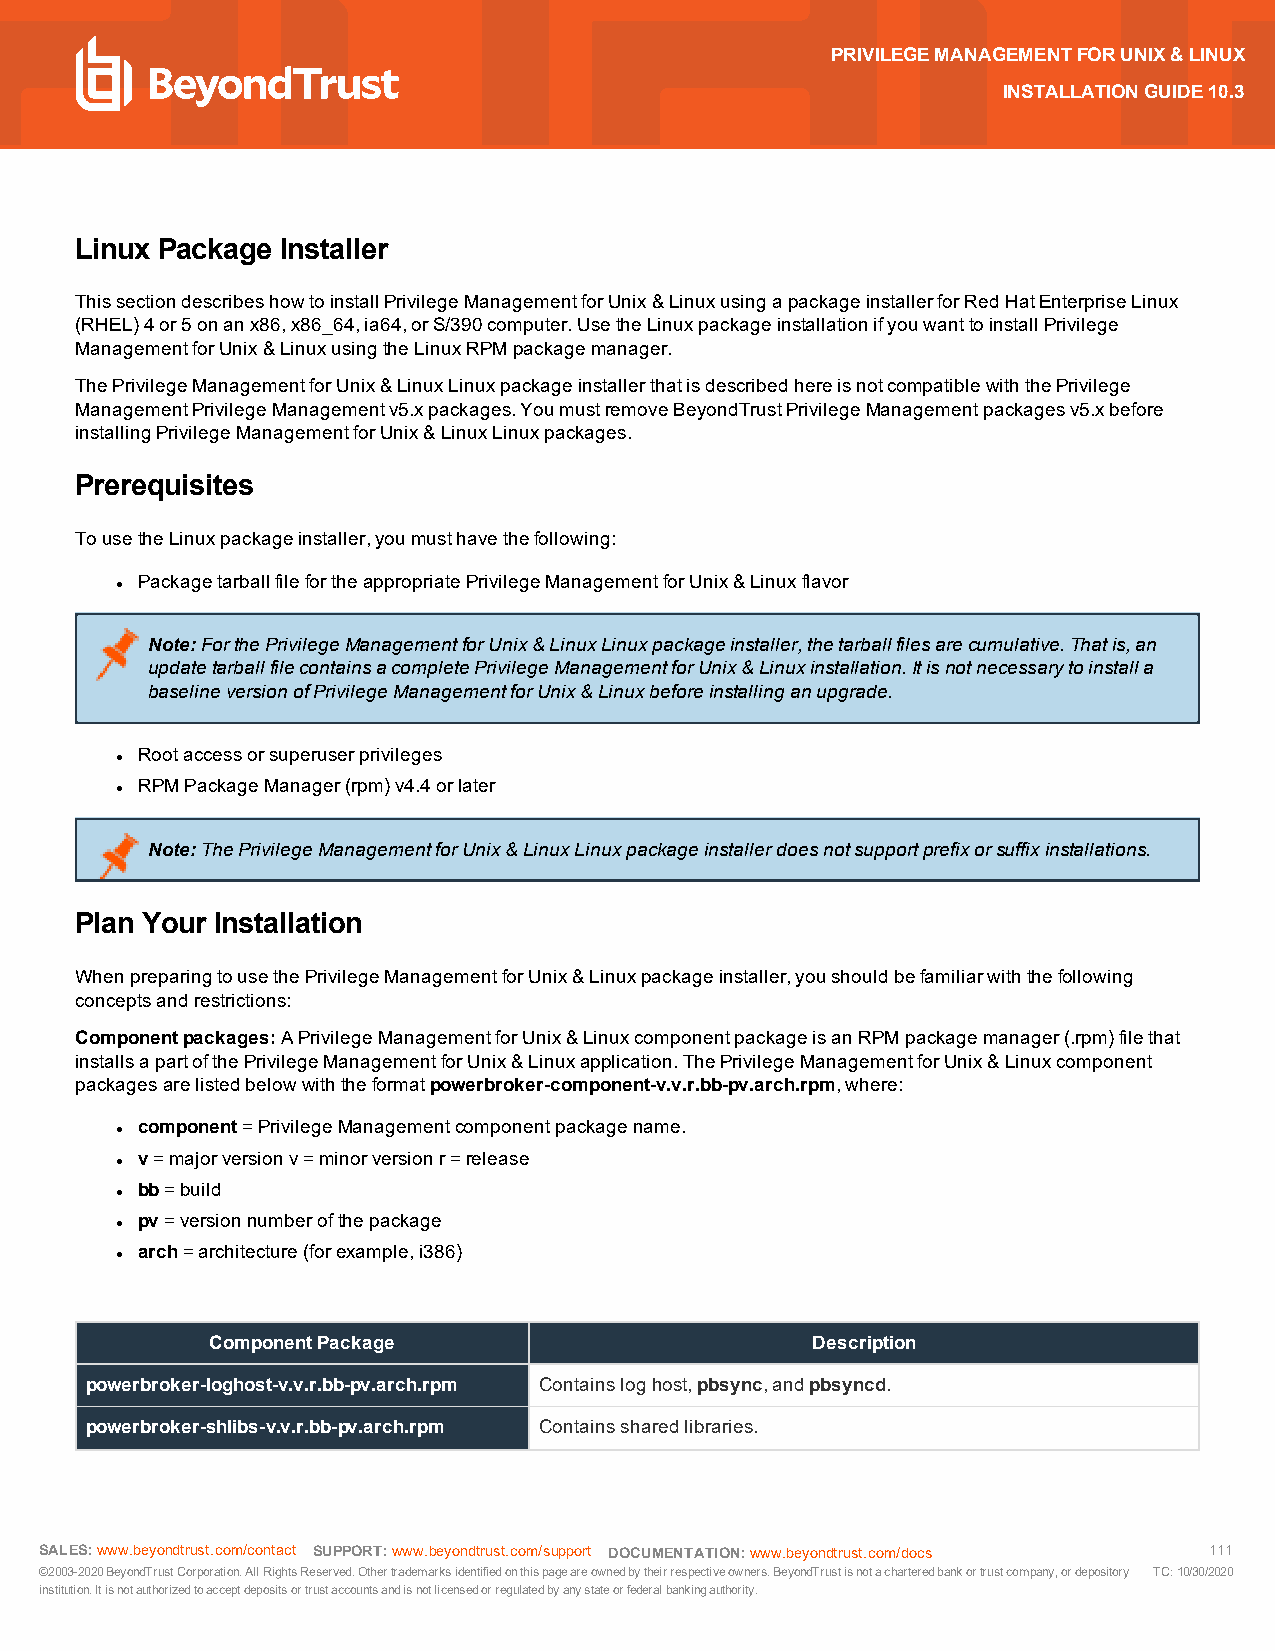
PRIVILEGEMANAGEMENTFORUNIX&LINUX
 INSTALLATIONGUIDE10.3
 Linux Package Installer
 ThissectiondescribeshowtoinstallPrivilegeManagementforUnix&LinuxusingapackageinstallerforRedHatEnterpriseLinux
 (RHEL)4or5onanx86,x86_64,ia64,orS/390computer.UsetheLinuxpackageinstallationifyouwanttoinstallPrivilege
 ManagementforUnix&LinuxusingtheLinuxRPMpackagemanager.
 ThePrivilegeManagementforUnix&LinuxLinuxpackageinstallerthatisdescribedhereisnotcompatiblewiththePrivilege
 ManagementPrivilegeManagementv5.xpackages.YoumustremoveBeyondTrustPrivilegeManagementpackagesv5.xbefore
 installingPrivilegeManagementforUnix&LinuxLinuxpackages.
 Prerequisites
 TousetheLinuxpackageinstaller,youmusthavethefollowing:
 PackagetarballfilefortheappropriatePrivilegeManagementforUnix&Linuxflavor
 l
 Note:ForthePrivilegeManagementforUnix&LinuxLinuxpackageinstaller,thetarballfilesarecumulative.Thatis,an
 updatetarballfilecontainsacompletePrivilegeManagementforUnix&Linuxinstallation.Itisnotnecessarytoinstalla
 baselineversionofPrivilegeManagementforUnix&Linuxbeforeinstallinganupgrade.
 Rootaccessorsuperuserprivileges
 l
 RPMPackageManager(rpm)v4.4orlater
 l
 Note:ThePrivilegeManagementforUnix&LinuxLinuxpackageinstallerdoesnotsupportprefixorsuffixinstallations.
 Plan Your Installation
 WhenpreparingtousethePrivilegeManagementforUnix&Linuxpackageinstaller,youshouldbefamiliarwiththefollowing
 conceptsandrestrictions:
 Componentpackages:APrivilegeManagementforUnix&LinuxcomponentpackageisanRPMpackagemanager(.rpm)filethat
 installsapartofthePrivilegeManagementforUnix&Linuxapplication.ThePrivilegeManagementforUnix&Linuxcomponent
 packagesarelistedbelowwiththeformatpowerbroker-component-v.v.r.bb-pv.arch.rpm,where:
 component=PrivilegeManagementcomponentpackagename.
 l
 v=majorversionv=minorversionr=release
 l
 bb=build
 l
 pv=versionnumberofthepackage
 l
 arch=architecture(forexample,i386)
 l
 ComponentPackage                        Description
 powerbroker-loghost-v.v.r.bb-pv.arch.rpm Containsloghost,pbsync,andpbsyncd.
 powerbroker-shlibs-v.v.r.bb-pv.arch.rpm Containssharedlibraries.
 SALES:www.beyondtrust.com/contact SUPPORT:www.beyondtrust.com/support DOCUMENTATION:www.beyondtrust.com/docs 111
 ©2003-2020BeyondTrustCorporation.AllRightsReserved.Othertrademarksidentifiedonthispageareownedbytheirrespectiveowners.BeyondTrustisnotacharteredbankortrustcompany,ordepository TC:10/30/2020
 institution.Itisnotauthorizedtoacceptdepositsortrustaccountsandisnotlicensedorregulatedbyanystateorfederalbankingauthority.